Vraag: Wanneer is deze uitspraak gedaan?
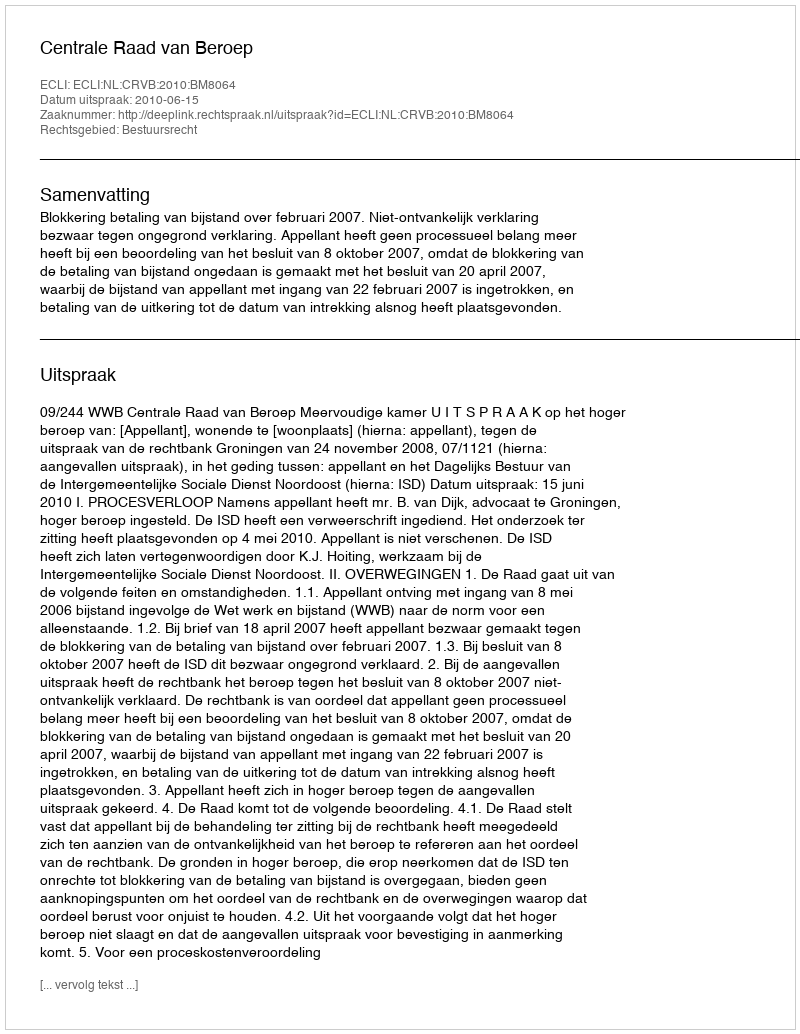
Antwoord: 2010-06-15